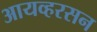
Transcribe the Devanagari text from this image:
आयव्हरसन